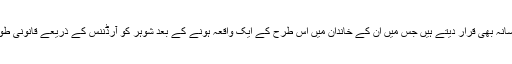
دوسرے اعتراض میں بعض لوگ اسے ایوب خان کی ذاتی خاندانی وجوہات کا شاخسانہ بھی قرار دیتے ہیں جس میں ان کے خاندان میں اس طرح کے ایک واقعہ ہونے کے بعد شوہر کو آرڈننس کے ذریعے قانونی طور پر پابند کیا گیا تھا لیکن اس واقعہ کا کوئی تحریری ثبوت اس وقت موجود نہیں ۔